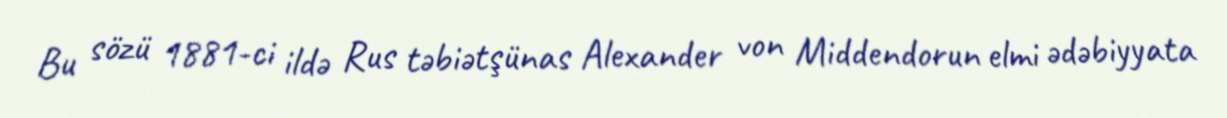
Bu sözü 1881-ci ildə Rus təbiətşünas Alexander von Middendorun elmi ədəbiyyata